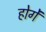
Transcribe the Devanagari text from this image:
होगेंं